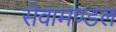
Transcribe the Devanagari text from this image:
सेवामण्डल